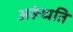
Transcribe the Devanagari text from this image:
अरूंधति